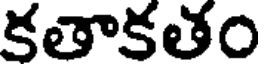
కతాకతం